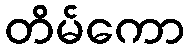
တိမ်ကော